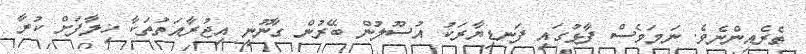
ތެރެއިންނެވެ. ނަމަވެސް ފާޅުގައި ފަނޑިޔާރަކު އުސޫލުން ބޭރުން ގާނޫނީ އިޖުރާއަތުތަކާ ޚިލާފަށް ކުރާ